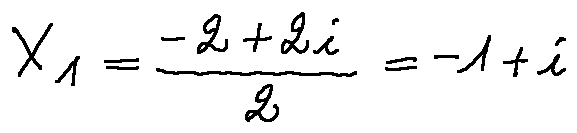
X _ { 1 } = \frac { - 2 + 2 i } { 2 } = - 1 + i